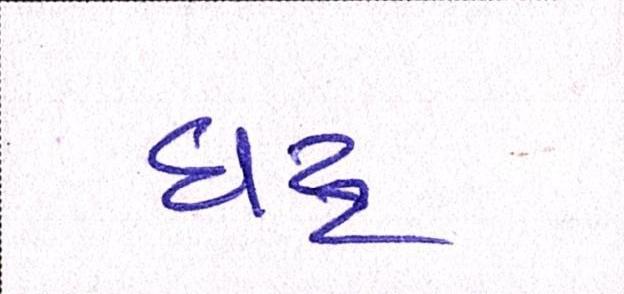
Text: ઘટ્ટ